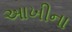
આખીના